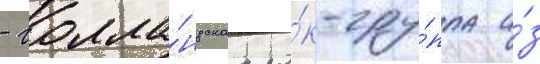
- голла́ндскаа ро́к-гру́ппа и́з